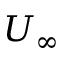
U _ { \infty }